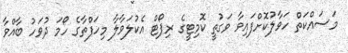
މަސައްކަތް ހަވާލުކޮށްފައިވާ ވަގުތީ ކޮމިޓީގެ ރިޕޯޓް އެކުލަވާލާ މިހަފްތާގެ ހޯމަ ދުވަހު ބާއްވާ